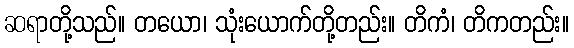
ဆရာတို့သည်။ တယော၊ သုံးယောက်တို့တည်း။ တိကံ၊ တိကတည်း။